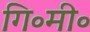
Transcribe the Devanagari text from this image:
गि॰मी॰